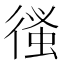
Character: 𢕉